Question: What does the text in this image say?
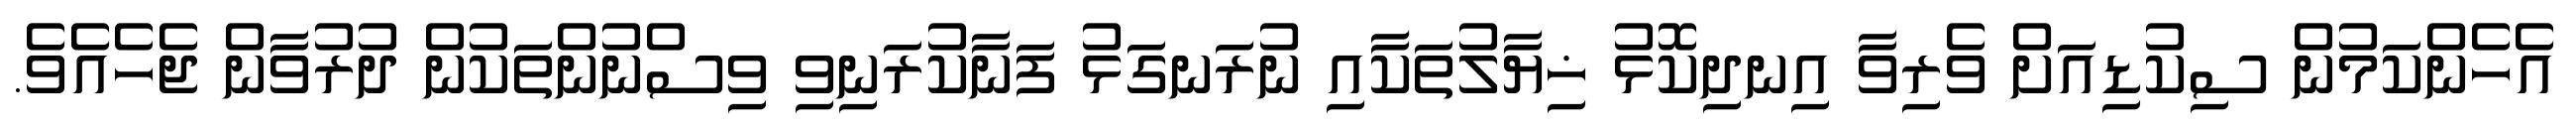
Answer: އެހެންކަމުން ސިކުޑިއަށް ވެރިވާ އިނދިކޮޅު ޚިޔާލުތަކާއި ނުރަނގަޅު ފަނާކުރަނިވި ވިސްނުންތަކުން ދުރުވާން ޖެހެއެވެ.